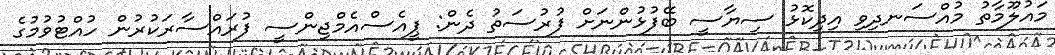
މައުލޫމާތު މުއްސަނދިވި އިދިކޮޅު ސިޔާސީ ބޭފުޅުންނަށް ފުރުސަތު ދެން: ޕީއެސްއެމްޖިންސީ ފުރައްސާރަކުރުން ހުއްޓުވުމުގެ